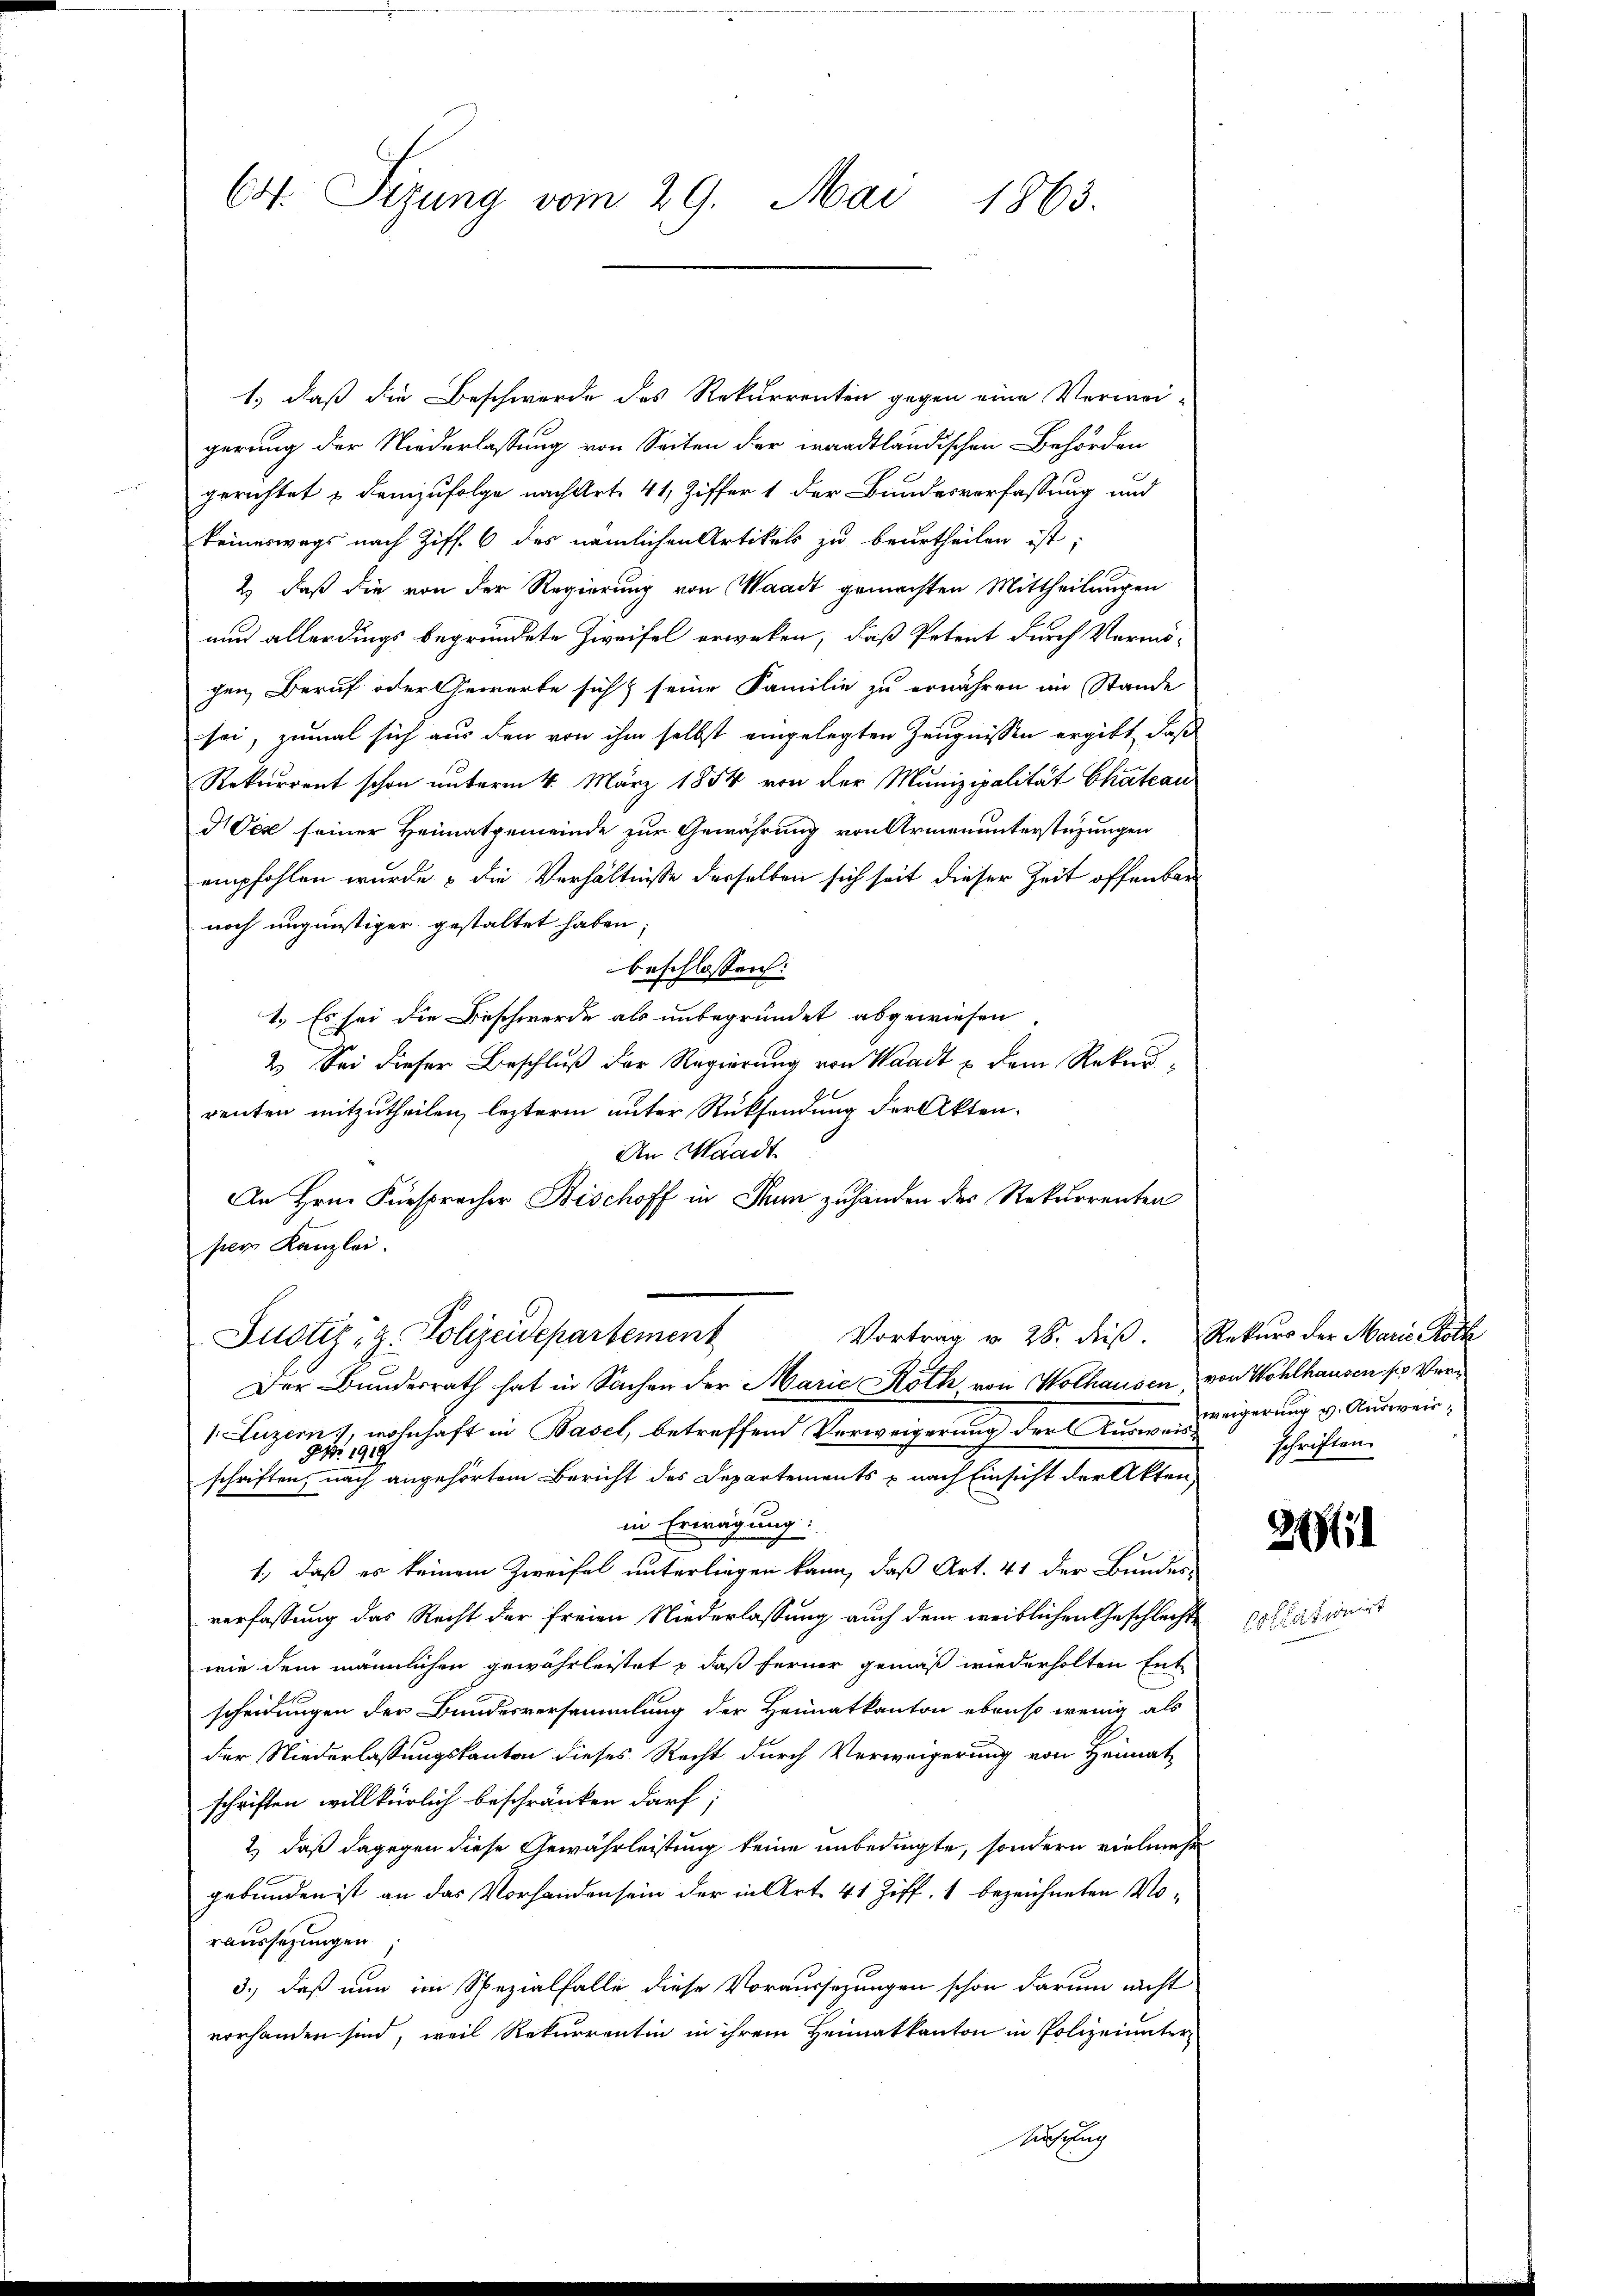
Cot. Sizung vom 29. Mai 1863.

1.) daß die Beschwerde des Rekurrenten gegen eine Verweigerung der Niederlassung von Seiten der waadtländischen Behörden
gerichtet u demzufolge nach Art. 41, Ziffer 1 der Bundesverfassung und
keineswegs nach Ziff. 6 des nämlichen Artikels zu beurtheilen ist.
2) daß die von der Regierung von Waadt gemachten Mittheilungen
und allerdings begründete Zweifel erweken, daß Petent durch Vermögen, Beruf oder Gewerbe sich seine Familie zu ernähren im Stande
sei, zumal sich aus den von ihm selbst eingelegten Zeugnissen ergibt, daß
Rekurrent schon unterm 4. März 1854 von der Munizipalität Chateau
Vex seiner Heimatgemeinde zur Gewährung von Armenunterstüzungen
empfohlen wurde & die Verhältnisse derselben sich seit dieser Zeit offenbar
noch ungünstiger gestaltet haben;
beschlossen:
1.) Es sei die Beschwerde als unbegründet abgewiesen.
2. Sei dieser Beschluß der Regierung von Waadt u dem Rekurrenten mitzutheilen, lezterm unter Rücksendung der Akten¬
An Waadt
An Hrn. Fürspracher Bischoff in Thun zuhanden des Rekurrenten
per Kanzlei.
Vortrag v. 28. dieß. Rekurs der Maris Röth
Justiz, z. Polizeidepartement
S
Der Bundesrath hat in Sachen der Marie Roth, von Wolhausen, von Wohlhausen pr Ver¬
1. Luzern, wohnhaft in Basel, betreffend Verweigerung der Ausweis¬
Nr. 1918
schriften, nach angehörtem Bericht des Departements & nach Einsicht der Akten
in Erwägung:
1., daß es keinem Zweifel unterliegen kann, daß Art. 41 der Bundes-
verfassung das Recht der freien Niederlassung auch dem weitlichen Geschlechte
wie dem männlichen gewährleistet & daß ferner gemäß wiederholten Ent-
scheidungen der Bundesversammlung der Heimatkanton ebenso wenig als
der Niederlassungskanton dieses Recht durch Verweigerung von Heimat-
schriften willkürlich beschränken darf;
2.) daß dagegen diese Gewährleistung keine unbedingte, sondern vielmehr
gebunden ist an das Vorhanden sein der in Art. 41 Ziff. 1 bezeichneten Voraussetzungen
3., daß nun im Spezialfalle diese Voraussezungen schon darum nicht
vorhanden sind, weil Rekurrentin in ihrem Heimatkanton in Polizeiunter¬
Auschlug

Zweigerung v. Ausweis;
schriften.

211

prationirt